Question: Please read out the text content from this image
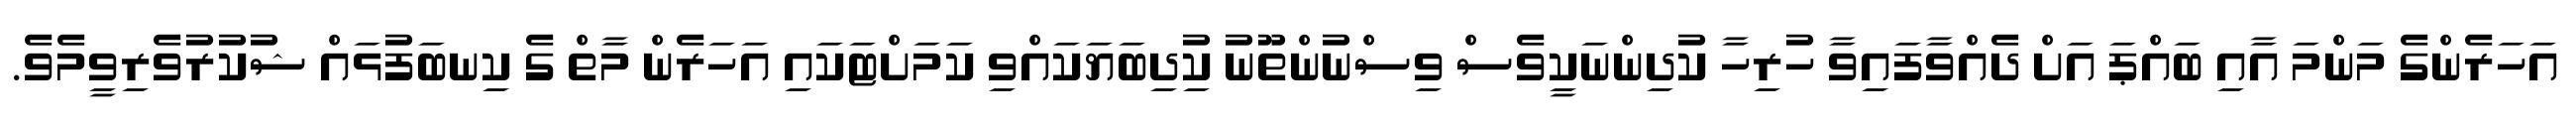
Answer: އަހަރެންގެ މަންމަ އާއި ބައްޕަ އަށް ދެއްވާފައިވާ ހުރިހާ ކުދިންނަކީވެސް ވިސްނުންތޫނު ކުިދިބަޔަކައްވި ކަމަށްޓަކައި އަހަރެން މާތް ގެ ކިނބަފުޅައް ޝުކުރުވެރިވީމެވެ.